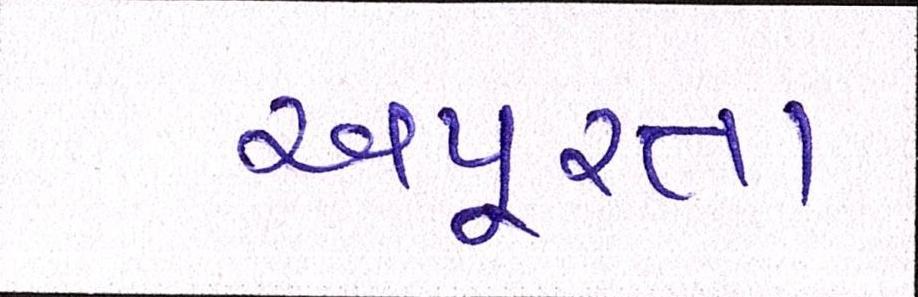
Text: અપૂરતા